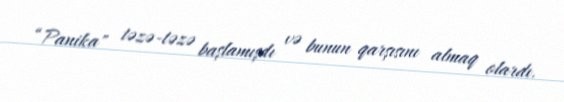
“Panika" təzə-təzə başlamışdı və bunun qarşısını almaq olardı.